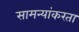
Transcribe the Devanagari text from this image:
सामन्यांकरता